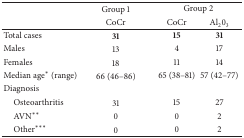
<table><thead><tr><td><b> </b></td><td><b>Group 1</b></td><td colspan="2"><b>Group 2</b></td></tr><tr><td><b> </b></td><td><b>CoCr</b></td><td><b>CoCr</b></td><td><b>Al<sub>2</sub>0<sub>3</sub></b></td></tr></thead><tbody><tr><td>Total cases</td><td><b>31</b></td><td><b>15</b></td><td><b>31</b></td></tr><tr><td>Males</td><td>13</td><td>4</td><td>17</td></tr><tr><td>Females</td><td>18</td><td>11</td><td>14</td></tr><tr><td>Median age* (range)</td><td>66 (46–86)</td><td>65 (38–81)</td><td>57 (42–77)</td></tr><tr><td>Diagnosis</td><td> </td><td> </td><td> </td></tr><tr><td> Osteoarthritis</td><td>31</td><td>15</td><td>27</td></tr><tr><td> AVN**</td><td>0</td><td>0</td><td>2</td></tr><tr><td> Other***</td><td>0</td><td>0</td><td>2 </td></tr></tbody></table>